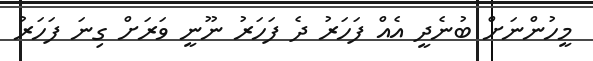
މީހުންނަށް ބުނެދީ އެއް ފަހަރު ދެ ފަހަރު ނޫނީ ވަރަށް ގިނަ ފަހަރު